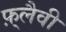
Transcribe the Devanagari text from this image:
फ़्लैवी